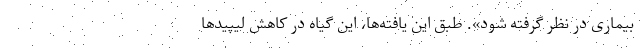
بیماری در نظر گرفته شود». طبق این یافته‌ها، این گیاه در کاهش لیپیدها